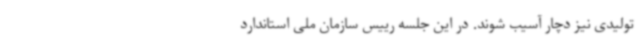
تولیدی نیز دچار آسیب شوند. در این جلسه رییس سازمان ملی استاندارد